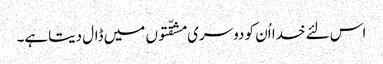
اس لئے خدا اُن کو دوسری مشقّتوں میں ڈال دیتاہے۔